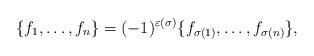
LaTeX: \begin{align*} \{f_1,\ldots,f_n\}= (-1)^{\varepsilon(\sigma)}\{f_{\sigma(1)},\ldots,f_{\sigma(n)}\},\end{align*}